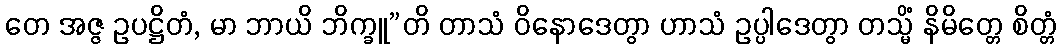
တေ အဇ္ဇ ဥပဋ္ဌိတံ, မာ ဘာယိ ဘိက္ခူ”တိ တာသံ ဝိနောဒေတွာ ဟာသံ ဥပ္ပါဒေတွာ တသ္မိံ နိမိတ္တေ စိတ္တံ